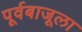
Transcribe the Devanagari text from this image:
पूर्वबाजूला